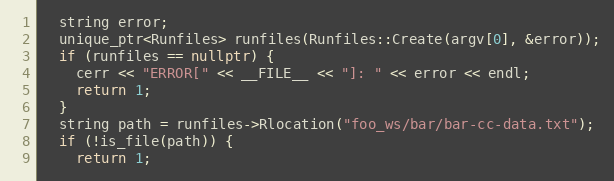
Language: C++
  string error;
  unique_ptr<Runfiles> runfiles(Runfiles::Create(argv[0], &error));
  if (runfiles == nullptr) {
    cerr << "ERROR[" << __FILE__ << "]: " << error << endl;
    return 1;
  }
  string path = runfiles->Rlocation("foo_ws/bar/bar-cc-data.txt");
  if (!is_file(path)) {
    return 1;